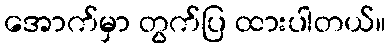
အောက်မှာ တွက်ပြ ထားပါတယ်။